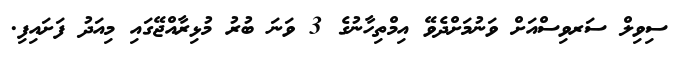
ސިވިލް ސަރވިސްއަށް ވަނުމަށްދެވޭ އިމްތިހާނުގެ 3 ވަނަ ބުރު މުޅިރާއްޖޭގައި މިއަދު ފަށައިފި.